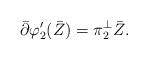
LaTeX: \begin{align*}\bar\partial\varphi_2'(\bar Z) = \pi_2^\perp \bar Z.\end{align*}